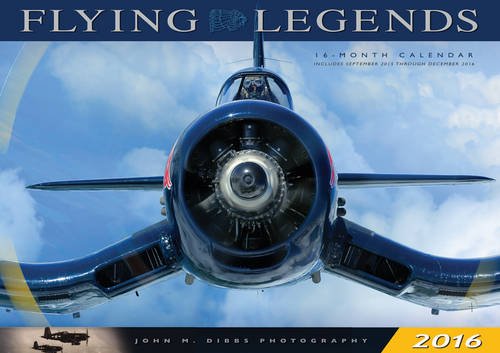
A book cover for Flying Legends 2016: 16-Month Calendar Includes September 2015 through December 2016; John M. Dibbs; Engineering & Transportation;